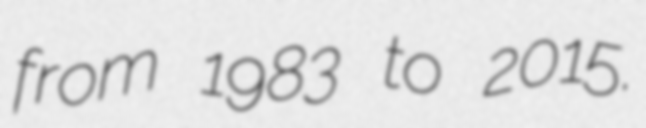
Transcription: from 1983 to 2015.